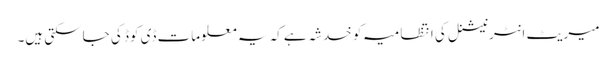
میریٹ انٹرنیشنل کی انتظامیہ کو خدشہ ہے کہ یہ معلومات ڈی کوڈ کی جاسکتی ہیں۔